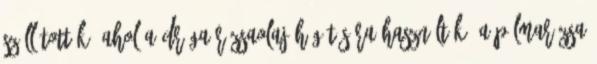
szállították, ahol a drága rózsaolaj hígítására használták. A pálmarózsa